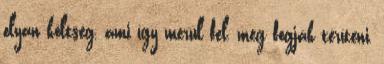
olyan költség, ami így merül fel, meg fogják téríteni,